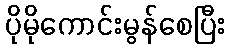
ပိုမိုကောင်းမွန်စေပြီး